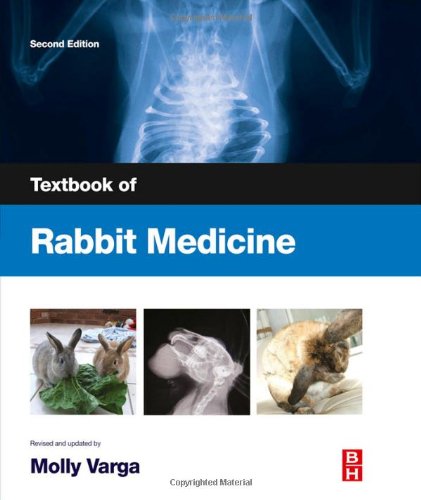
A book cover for Textbook of Rabbit Medicine, 2e; Molly Varga BVetMed  CertZooMed  DZooMed (Mammalian)  MRCVS; Crafts, Hobbies & Home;